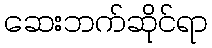
ဆေးဘက်ဆိုင်ရာ